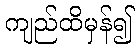
ကျည်ထိမှန်၍